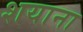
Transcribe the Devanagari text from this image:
शयाना